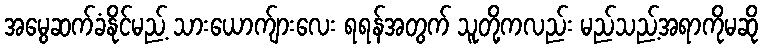
အမွေဆက်ခံနိုင်မည့် သားယောက်ျားလေး ရရန်အတွက် သူတို့ကလည်း မည်သည့်အရာကိုမဆို